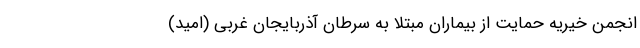
انجمن خیریه حمایت از بیماران مبتلا به سرطان آذربایجان غربی (امید)